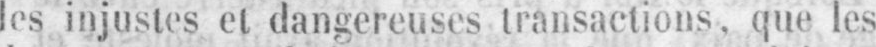
les injustes et dangereuses transactions, que les